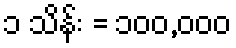
၁ သိန်း = ၁၀၀,၀၀၀